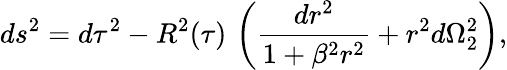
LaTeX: ds^{2}=d\tau^{2}-R^{2}(\tau)\, \left(\frac{dr^{2}}{1+\beta^{2}r^{2}}+r^{2}d\Omega_{2}^{2}\right),